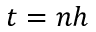
t = n h